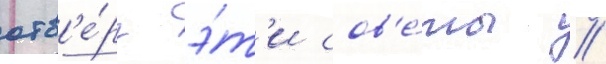
отв'е́рг э́т'и сов'е́ты //